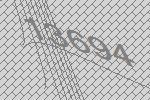
13694